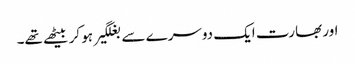
اور بھارت ایک دوسرے سے بغلگیر ہو کر بیٹھے تھے۔